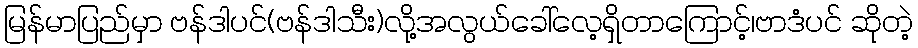
မြန်မာပြည်မှာ ဗန်ဒါပင်(ဗန်ဒါသီး)လို့အလွယ်ခေါ်လေ့ရှိတာကြောင့်၊ဗာဒံပင် ဆိုတဲ့